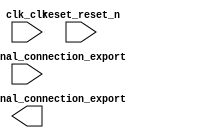

module pwm (
	clk_clk,
	reset_reset_n,
	entree_external_connection_export,
	sortie_external_connection_export);	

	input		clk_clk;
	input		reset_reset_n;
	input	[7:0]	entree_external_connection_export;
	output	[7:0]	sortie_external_connection_export;
endmodule